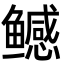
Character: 鳡